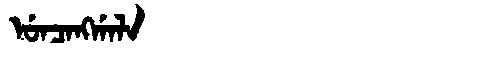
Manchu: ᡠᠨᠴᠠᠩᡤᠠᠯᠠ
Romanization: UNCANGGALA